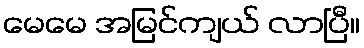
မေမေ အမြင်ကျယ် လာပြီ။